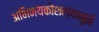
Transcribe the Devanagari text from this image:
अभिनयकौशल्यामुळे